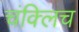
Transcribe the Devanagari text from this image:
चंक्लिच